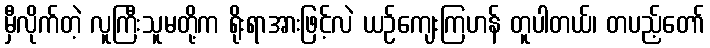
မှီလိုက်တဲ့ လူကြီးသူမတို့က ရိုးရာအားဖြင့်လဲ ယဉ်ကျေးကြဟန် တူပါတယ်၊ တပည့်တော်